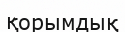
қорымдық